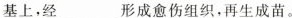
基上，经___形成愈伤组织，再生成苗。